King Institute of Preventive Medicine Micro-Biological Section reports 1909-11
Year: 1909
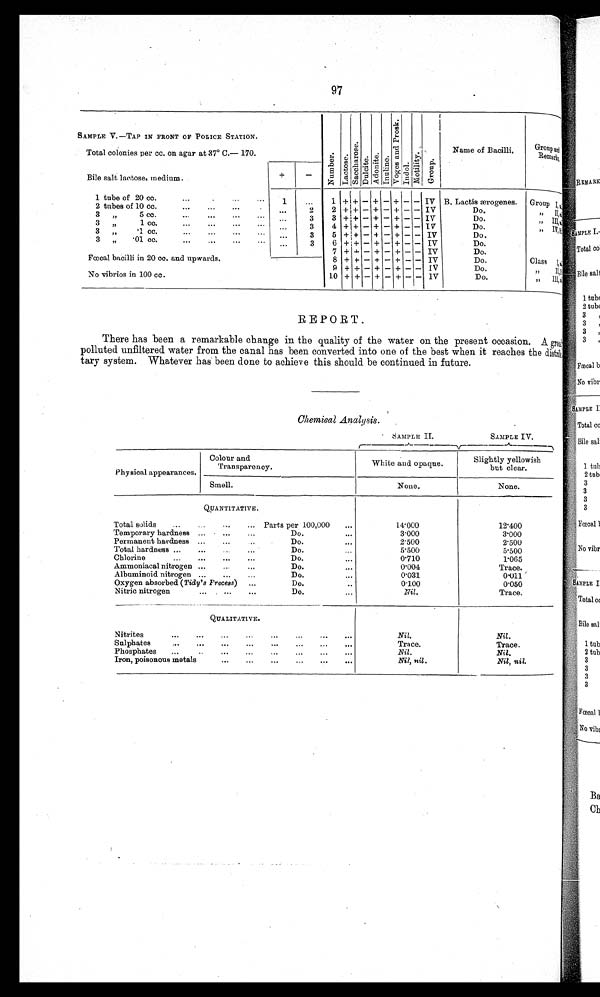
97
REPORT.
There has been a remarkable change in the quality of the water on the present occasion. A gros[ILL]
polluted unfiltered water from the canal has been converted into one of the best when it reaches the distri[ILL]
tary system. Whatever has been done to achieve this should be continued in future.
Chemical Analysis .